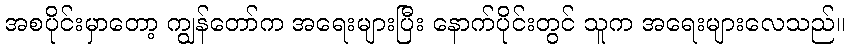
အစပိုင်းမှာတော့ ကျွန်တော်က အရေးများပြီး နောက်ပိုင်းတွင် သူက အရေးများလေသည်။